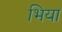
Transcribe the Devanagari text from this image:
भिया